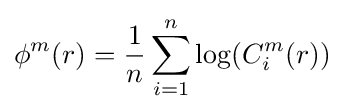
\phi ^{m}(r)={1 \over n}\sum _{i=1}^{n}\log(C_{i}^{m}(r))